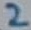
Text: 2